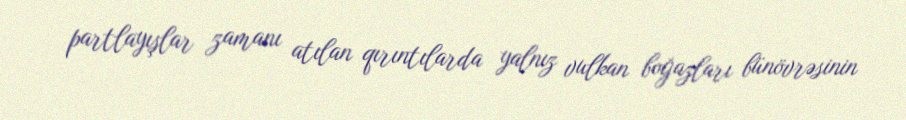
partlayışlar zamanı atılan qırıntılarda yalnız vulkan boğazları bünövrəsinin